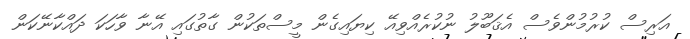
އަރިސް ކުރުމުންވެސް އެޤަބޫލު ނުކުރެއްވިއޭ ކިޔައިގެން މީސްތަކުން ގާތުގައި އޭނާ ވާހަކަ ދައްކާނޭކަން